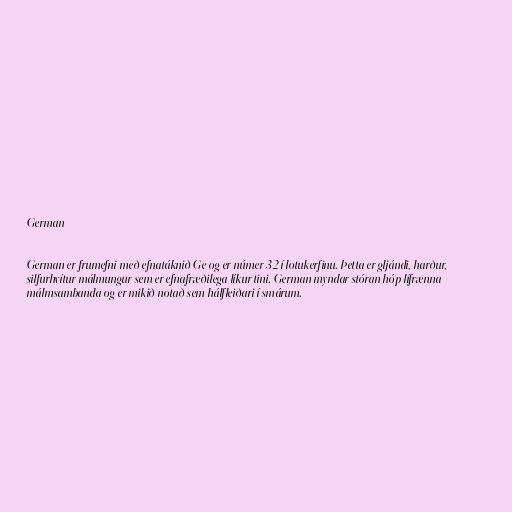
German

German er frumefni með efnatáknið Ge og er númer 32 í lotukerfinu. Þetta er gljándi, harður,
silfurhvítur málmungur sem er efnafræðilega líkur tini. German myndar stóran hóp lífrænna
málmsambanda og er mikið notað sem hálfleiðari í smárum.